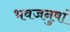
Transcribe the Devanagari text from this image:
भवजनुषां